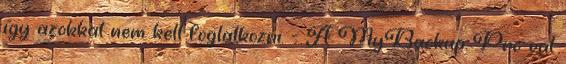
így azokkal nem kell foglalkozni. - A MyBackup Pro-val